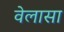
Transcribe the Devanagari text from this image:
वेलासा